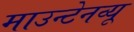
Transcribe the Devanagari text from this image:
माउन्टेनव्यू